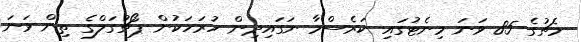
މެޗުގެ 85 ވަނަ މިނެޓުގައި ކަރެސްމާ ނަގައިދިން ހުރަހަކުން ޕޯޗުގަލްގެ ތިން ވަނަ